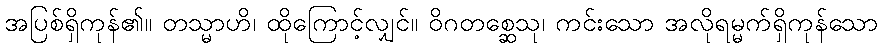
အပြစ်ရှိကုန်၏။ တသ္မာဟိ၊ ထိုကြောင့်လျှင်။ ဝိဂတစ္ဆေသု၊ ကင်းသော အလိုရမ္မက်ရှိကုန်သော